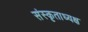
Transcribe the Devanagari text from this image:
संस्कृताध्यक्ष